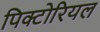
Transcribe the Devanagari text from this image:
पिक्टोरियल